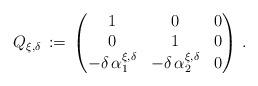
LaTeX: \begin{align*}Q_{\xi,\delta}\,:=\,\begin{pmatrix}1&0&0\\0&1&0\\-\delta\,\alpha_1^{\xi,\delta}&-\delta\,\alpha_2^{\xi,\delta}&0\end{pmatrix}\,.\end{align*}